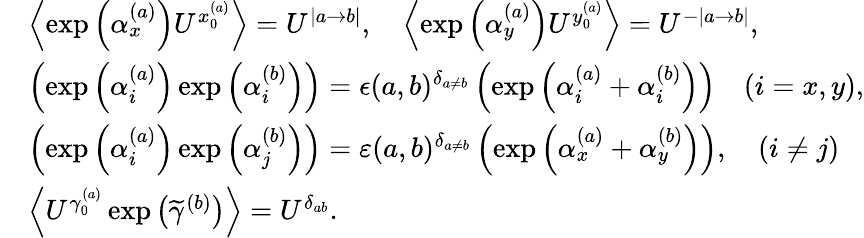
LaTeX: \begin{array}{rl}&{\left\langle\exp\left(\alpha_{x}^{(a)}\right)U^{x_{0}^{(a)}}\right\rangle=U^{|a\rightarrow b|},\quad\left\langle\exp\left(\alpha_{y}^{(a)}\right)U^{y_{0}^{(a)}}\right\rangle=U^{-|a\rightarrow b|},}\\ &{\left(\exp\left(\alpha_{i}^{(a)}\right)\exp\left(\alpha_{i}^{(b)}\right)\right)=\epsilon(a,b)^{\delta_{a\neq b}}\left(\exp\left(\alpha_{i}^{(a)}+\alpha_{i}^{(b)}\right)\right)\quad(i=x,y),}\\ &{\left(\exp\left(\alpha_{i}^{(a)}\right)\exp\left(\alpha_{j}^{(b)}\right)\right)=\varepsilon(a,b)^{\delta_{a\neq b}}\left(\exp\left(\alpha_{x}^{(a)}+\alpha_{y}^{(b)}\right)\right),\quad(i\neq j)}\\ &{\left\langle U^{\gamma_{0}^{(a)}}\exp\left(\widetilde{\gamma}^{(b)}\right)\right\rangle=U^{\delta_{ab}}.}\end{array}